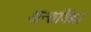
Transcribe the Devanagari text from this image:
अन्तर्विद्या